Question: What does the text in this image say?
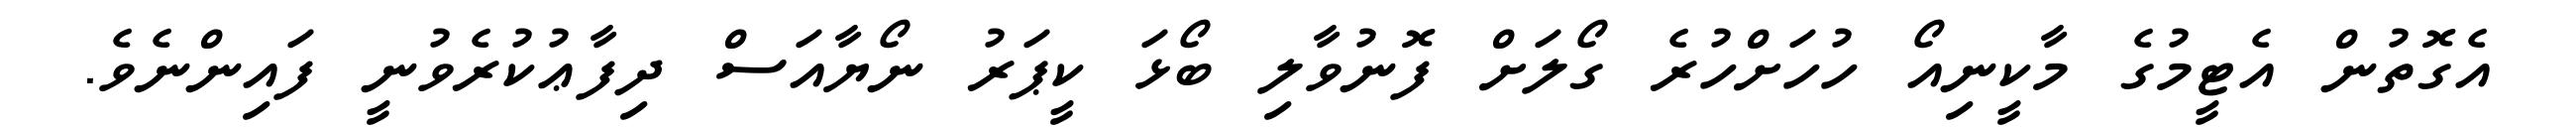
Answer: އެގޮތުން އެޓީމުގެ މާކީނިއޯ ހުހަށްހުރެ ގޯލަށް ފޮނުވާލި ބޯޅަ ކީޕަރު ނޯޔާއަސް ދިފާޢުކުރެވުނީ ފައިންނެވެ.